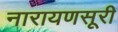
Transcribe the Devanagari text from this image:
नारायणसूरी